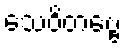
သေဝိတဗ္ဗေ